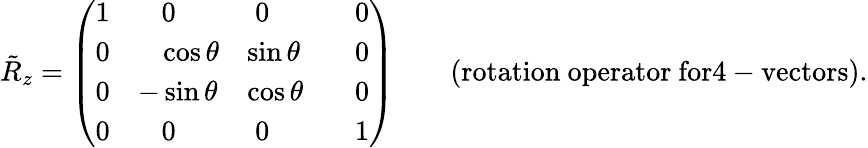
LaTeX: \tilde{R}_{z}=\left(\begin{array}{llll}{{1}}&{{\; \; \; 0}}&{{\; 0}}&{{\; \; \; 0}}\\ {{0}}&{{\; \; \, \, \cos{\theta}}}&{{\sin{\theta}}}&{{\; \; \; 0}}\\ {{0}}&{{-\sin{\theta}}}&{{\cos{\theta}}}&{{\; \; \; 0}}\\ {{0}}&{{\; \; \; 0}}&{{\; 0}}&{{\; \; \; 1}}\end{array}\right)\qquad\mathrm{(rotation~operator~for4-vectors).}